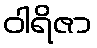
ဝါရိဇာ